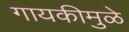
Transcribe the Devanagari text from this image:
गायकीमुळे